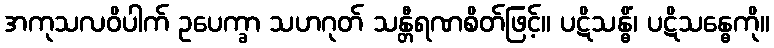
အကုသလဝိပါက် ဥပေက္ခာ သဟဂုတ် သန္တီရဏစိတ်ဖြင့်။ ပဋိသန္ဓိံ၊ ပဋိသန္ဓေကို။